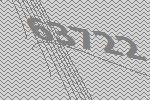
63722